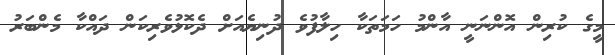
މީގެ ކުރިން އޮންނަނީ އާންމު ހަމަތަކާ ހިލާފުވެ ދުނިޔެއަށް ދެކޮޅުވެރިކަން ދައްކާ މެންބަރު